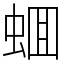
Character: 蜖